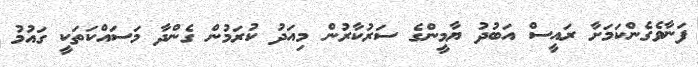
ފަނާވެގެންކަމަށާ ރައީސް އަބުދު ޔާމީންގެ ސަރުކާރުން މިއަދު ކުރަމުން ގެންދާ މަސައްކަތަކީ ގައުމު